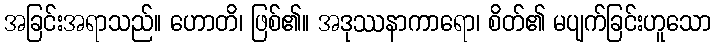
အခြင်းအရာသည်။ ဟောတိ၊ ဖြစ်၏။ အဒုဿနာကာရော၊ စိတ်၏ မပျက်ခြင်းဟူသော